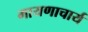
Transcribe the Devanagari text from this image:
मायणाचार्य